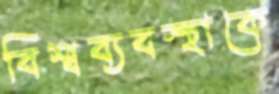
বিশ্বব্যবস্থাকে